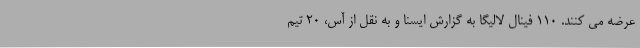
عرضه می کنند. 110 فینال لالیگا به گزارش ایسنا و به نقل از آس، 20 تیم